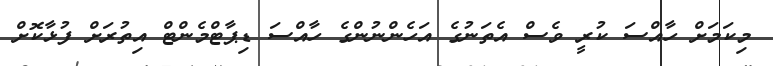
މިކަމަށް ހާއްސަ ކުރީ ވެސް އެތަނުގެ އަހެންނުންގެ ހާއްސަ ޑިޕާޓްމެންޓް އިތުރަށް ފުޅާކޮށް